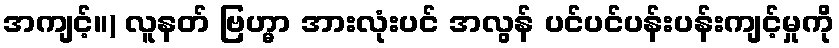
အကျင့်။) လူနတ် ဗြဟ္မာ အားလုံးပင် အလွန် ပင်ပင်ပန်းပန်းကျင့်မှုကို